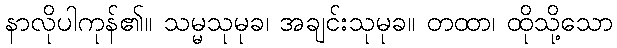
နာလိုပါကုန်၏။ သမ္မသုမုခ၊ အချင်းသုမုခ။ တထာ၊ ထိုသို့သော